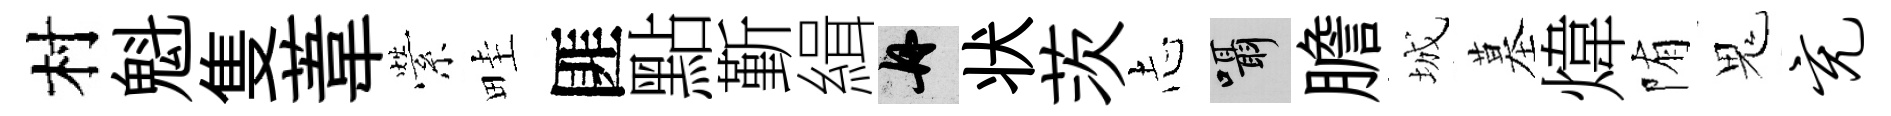
村魁隻葦縈畦匪點斳緝舟状茨𢖽囁膽城墓煒陏鬼充